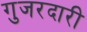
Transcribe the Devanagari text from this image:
गुजरदारी